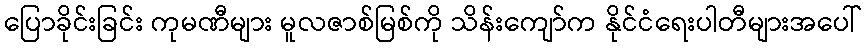
ပြောခိုင်းခြင်း ကုမဏီများ မူလဇာစ်မြစ်ကို သိန်းကျော်က နိုင်ငံရေးပါတီများအပေါ်